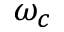
\omega _ { c }